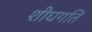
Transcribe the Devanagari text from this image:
शीघगति